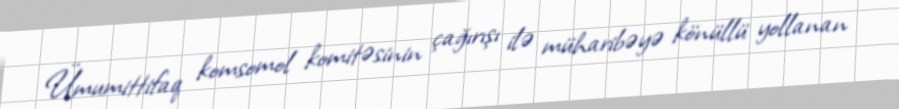
Ümumittifaq komsomol komitəsinin çağırışı ilə müharibəyə könüllü yollanan